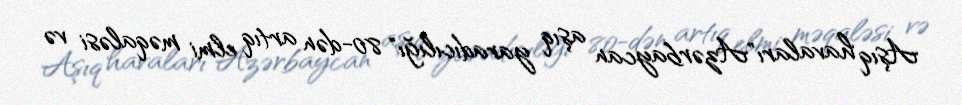
Aşıq havaları"Azərbaycan aşıq yaradıcılığı" 80-dən artıq elmi məqaləsi və